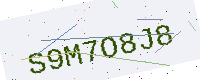
Text: S9M7O8J8